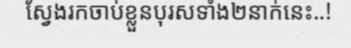
ស្វែងរកចាប់ខ្លួនបុរសទាំង២នាក់នេះ..!